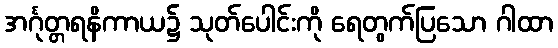
အင်္ဂုတ္တရနိကာယ၌ သုတ်ပေါင်းကို ရေတွက်ပြသော ဂါထာ